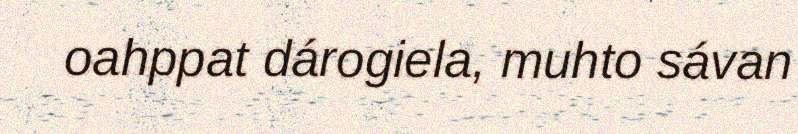
oahppat dárogiela, muhto sávan